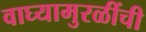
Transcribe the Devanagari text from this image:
वाघ्यामुरळींची